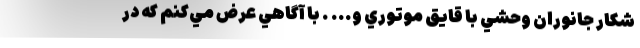
شكار جانوران وحشي با قايق موتوري و... . با آگاهي عرض مي‌كنم كه در